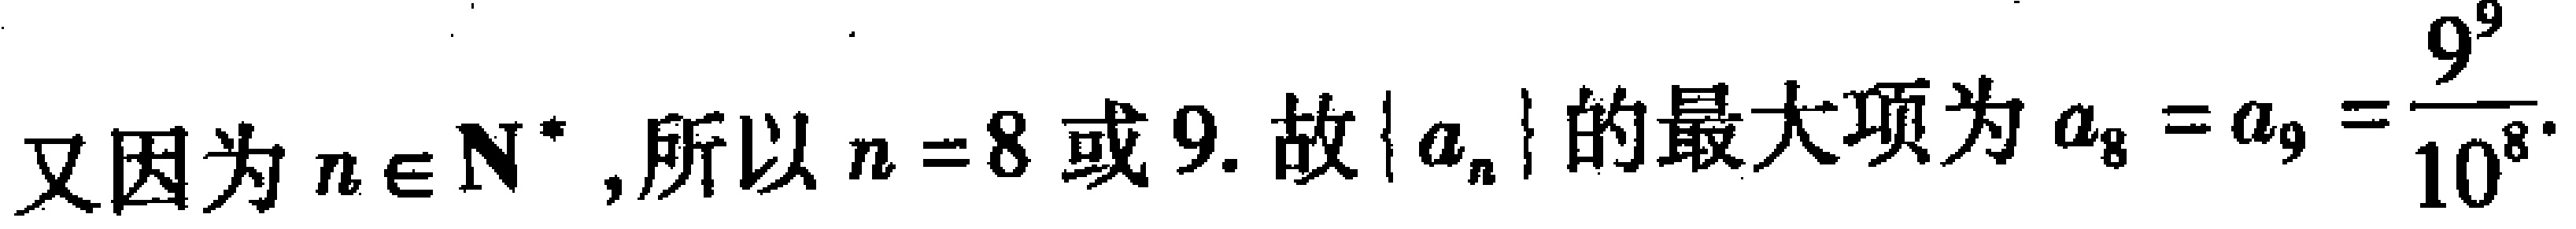
又因为 \(n\in\mathbf{N}^{*}\),所以 \(n = 8\) 或 \(9\). 故 \(\{ a_{n}\}\) 的最大项为 \(a_{8}=a_{9}=\dfrac{9^{9}}{10^{8}}\).